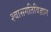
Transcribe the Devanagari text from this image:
श्वासगतिविज्ञान